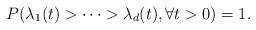
LaTeX: \begin{align*}P(\lambda_{1}(t)>\cdots>\lambda_{d}(t),\forall t>0)=1. \end{align*}